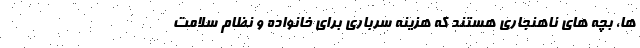
ها، بچه های ناهنجاری هستند که هزینه سرباری برای خانواده و نظام سلامت